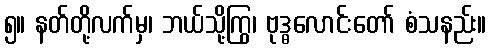
၅။ နတ်တို့လက်မှ၊ ဘယ်သို့ကြွ၊ ဗုဒ္ဓလောင်းတော် စံသနည်း။